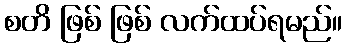
စတိ ဖြစ် ဖြစ် လက်ထပ်ရမည်။